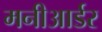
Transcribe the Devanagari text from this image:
मनीआर्डर